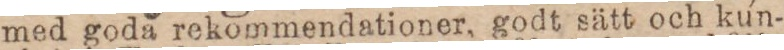
med goda rekommendationer, godt sätt och kun-